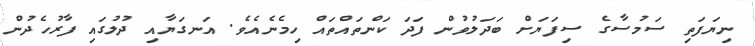
ނިޔަފަތި ސަމުސާގެ ސިފަޔަށް ބަދަލުވުން ފަދަ ކަންތައްތައް ހިމެނެއެވެ. އަނގަޔާއި ދުލުގައި ފާރުހެދުން